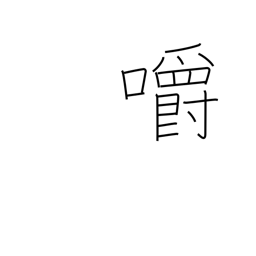
Meaning: bite